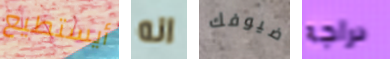
أيستطيع انه ضيوفك دراجه